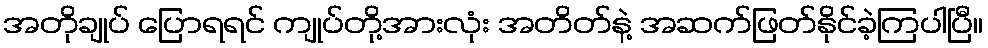
အတိုချုပ် ပြောရရင် ကျုပ်တို့အားလုံး အတိတ်နဲ့ အဆက်ဖြတ်နိုင်ခဲ့ကြပါပြီ။